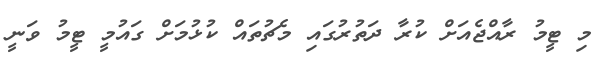
މި ޓީމު ރާއްޖެއަށް ކުރާ ދަތުރުގައި މެޗުތައް ކުޅުމަށް ގައުމީ ޓީމު ވަނީ